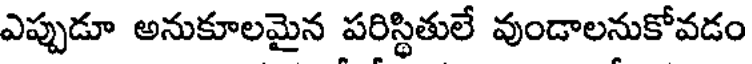
ఎప్పుడూ అనుకూలమైన పరిస్థితులే వుండాలనుకోవడం